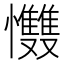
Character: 𢥵